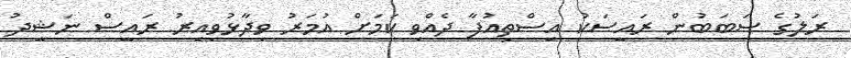
ރަލުގެ ސަބަބުން ރައީސަކު އިސްތިއުފާ ދެއްވި ކަމަށް އުމަރު ވިދާޅުވިއިރު ރައީސް ނަޝީދު